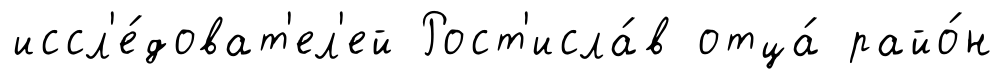
иссл'е́доват'ел'ей Рост'исла́в отца́ райо́н